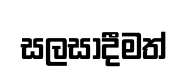
සලසාදීමත්